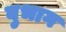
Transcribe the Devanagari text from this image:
वुभाग